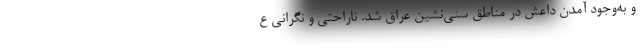
و به‌وجود آمدن داعش در مناطق سنی‌نشین عراق شد. ناراحتی و نگرانی ع